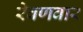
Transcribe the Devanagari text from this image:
रेवणवार